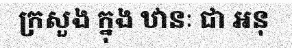
ក្រសួង ក្នុង ឋានៈ ជា អនុ